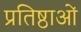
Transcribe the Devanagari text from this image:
प्रतिष्ठाओं